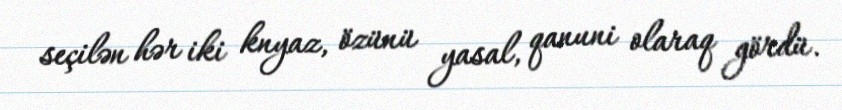
seçilən hər iki knyaz, özünü yasal, qanuni olaraq gördü.